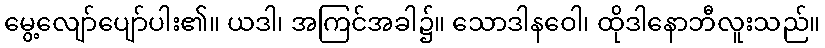
မွေ့လျော်ပျော်ပါး၏။ ယဒါ၊ အကြင်အခါ၌။ သောဒါနဝေါ၊ ထိုဒါနောဘီလူးသည်။